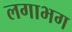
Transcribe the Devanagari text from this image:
लगाभग